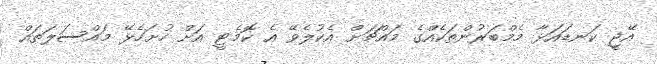
އޭޖީ ކަނޑައަޅާ މެމްބަރުންތަކެއްގެ މައްޗަށް އެކުލެވޭ އެ ކޮމެޓީ އަށް ހުށަހެޅޭ މައްސަލަތައް